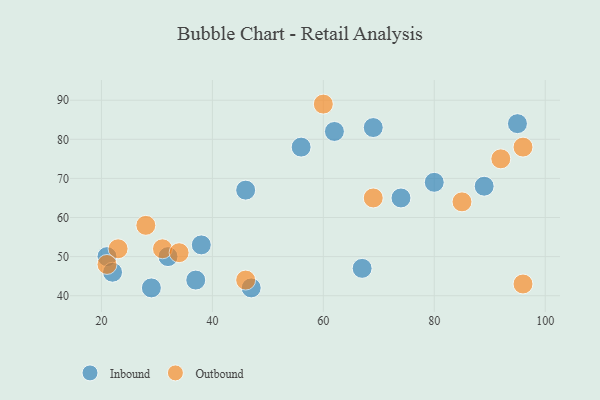
{"axis": {"x": "GDP", "y": "Life Expectancy"}, "legend": ["Inbound", "Outbound"], "data": [{"x": "74", "y": 65, "type": "Inbound"}, {"x": "56", "y": 78, "type": "Inbound"}, {"x": "32", "y": 50, "type": "Inbound"}, {"x": "46", "y": 67, "type": "Inbound"}, {"x": "47", "y": 42, "type": "Inbound"}, {"x": "21", "y": 50, "type": "Inbound"}, {"x": "37", "y": 44, "type": "Inbound"}, {"x": "62", "y": 82, "type": "Inbound"}, {"x": "22", "y": 46, "type": "Inbound"}, {"x": "69", "y": 83, "type": "Inbound"}, {"x": "67", "y": 47, "type": "Inbound"}, {"x": "89", "y": 68, "type": "Inbound"}, {"x": "38", "y": 53, "type": "Inbound"}, {"x": "29", "y": 42, "type": "Inbound"}, {"x": "80", "y": 69, "type": "Inbound"}, {"x": "95", "y": 84, "type": "Inbound"}, {"x": "85", "y": 64, "type": "Outbound"}, {"x": "31", "y": 52, "type": "Outbound"}, {"x": "96", "y": 43, "type": "Outbound"}, {"x": "96", "y": 78, "type": "Outbound"}, {"x": "28", "y": 58, "type": "Outbound"}, {"x": "46", "y": 44, "type": "Outbound"}, {"x": "23", "y": 52, "type": "Outbound"}, {"x": "21", "y": 48, "type": "Outbound"}, {"x": "60", "y": 89, "type": "Outbound"}, {"x": "92", "y": 75, "type": "Outbound"}, {"x": "69", "y": 65, "type": "Outbound"}, {"x": "34", "y": 51, "type": "Outbound"}]}